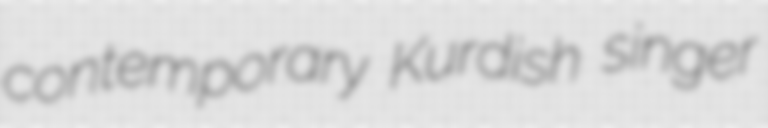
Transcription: contemporary Kurdish singer